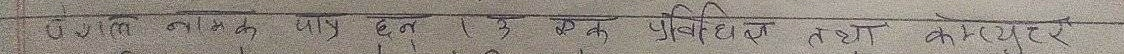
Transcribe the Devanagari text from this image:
वैज्ञानिक उपाय हुन् । एक प्रविधि तथा कम्प्युटर